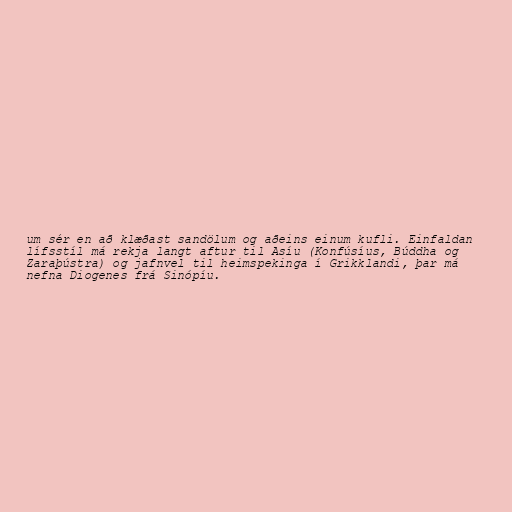
um sér en að klæðast sandölum og aðeins einum kufli. Einfaldan
lífsstíl má rekja langt aftur til Asíu (Konfúsíus, Búddha og
Zaraþústra) og jafnvel til heimspekinga í Grikklandi, þar má
nefna Diogenes frá Sinópíu.